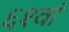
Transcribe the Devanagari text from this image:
६१वां